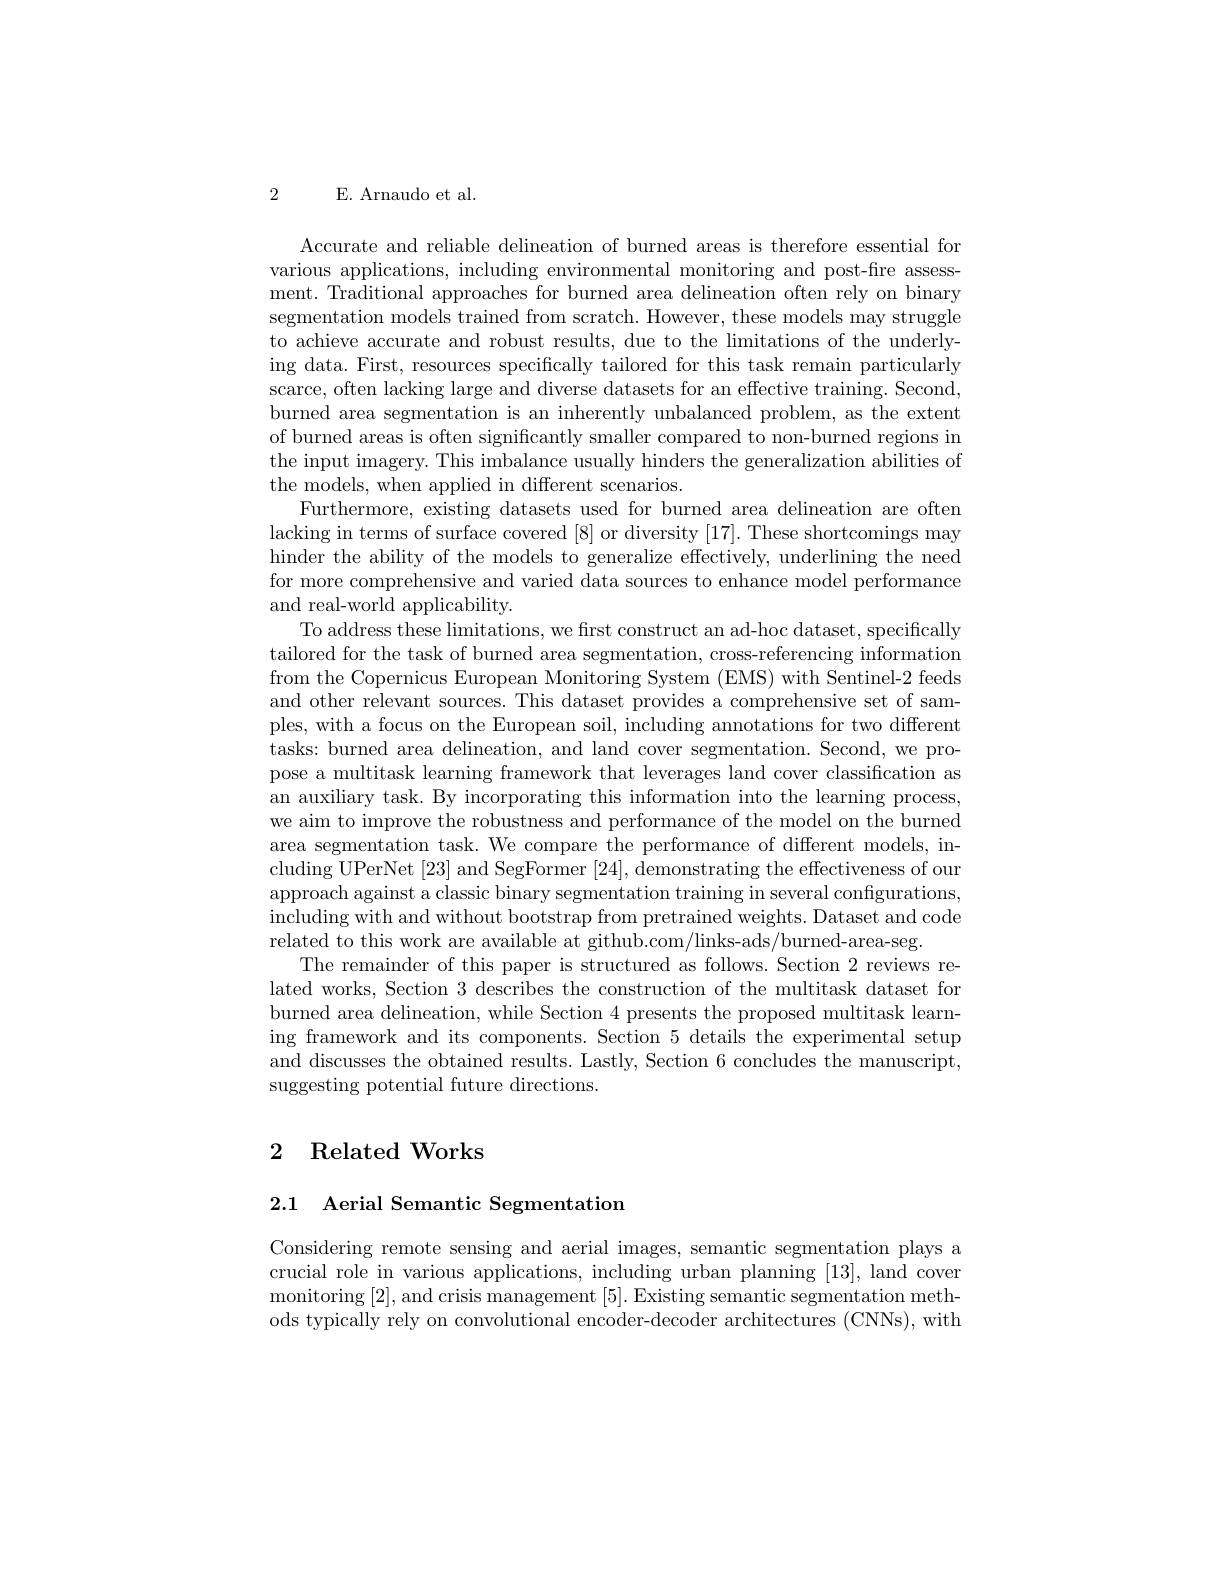
2 E. Arnaudo et al.

Accurate and reliable delineation of burned areas is therefore essential for various applications, including environmental monitoring and post-fire assessment. Traditional approaches for burned area delineation often rely on binary segmentation models trained from scratch. However, these models may struggle to achieve accurate and robust results, due to the limitations of the underlying data. First, resources specifically tailored for this task remain particularly scarce, often lacking large and diverse datasets for an effective training. Second, burned area segmentation is an inherently unbalanced problem, as the extent of burned areas is often significantly smaller compared to non-burned regions in the input imagery. This imbalance usually hinders the generalization abilities of the models, when applied in different scenarios.
Furthermore, existing datasets used for burned area delineation are often lacking in terms of surface covered [8] or diversity [17]. These shortcomings may hinder the ability of the models to generalize effectively, underlining the need for more comprehensive and varied data sources to enhance model performance and real-world applicability.
To address these limitations, we first construct an ad-hoc dataset, specifically tailored for the task of burned area segmentation, cross-referencing information from the Copernicus European Monitoring System (EMS) with Sentinel-2 feeds and other relevant sources. This dataset provides a comprehensive set of samples, with a focus on the European soil, including annotations for two different tasks: burned area delineation, and land cover segmentation. Second, we propose a multitask learning framework that leverages land cover classification as an auxiliary task. By incorporating this information into the learning process, we aim to improve the robustness and performance of the model on the burned area segmentation task. We compare the performance of different models, including UPerNet [23] and SegFormer [24], demonstrating the effectiveness of our approach against a classic binary segmentation training in several configurations, including with and without bootstrap from pretrained weights. Dataset and code related to this work are available at github.com/links-ads/burned-area-seg.
The remainder of this paper is structured as follows. Section 2 reviews related works, Section 3 describes the construction of the multitask dataset for burned area delineation, while Section 4 presents the proposed multitask learning framework and its components. Section 5 details the experimental setup and discusses the obtained results. Lastly, Section 6 concludes the manuscript, suggesting potential future directions.

# 2 Related Works

2.1 Aerial Semantic Segmentation

Considering remote sensing and aerial images, semantic segmentation plays a crucial role in various applications, including urban planning [13], land cover monitoring [2],and crisis management [5]. Existing semantic segmentation methods typically rely on convolutional encoder-decoder architectures (CNNs), with